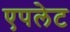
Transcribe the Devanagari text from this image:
एपलेट